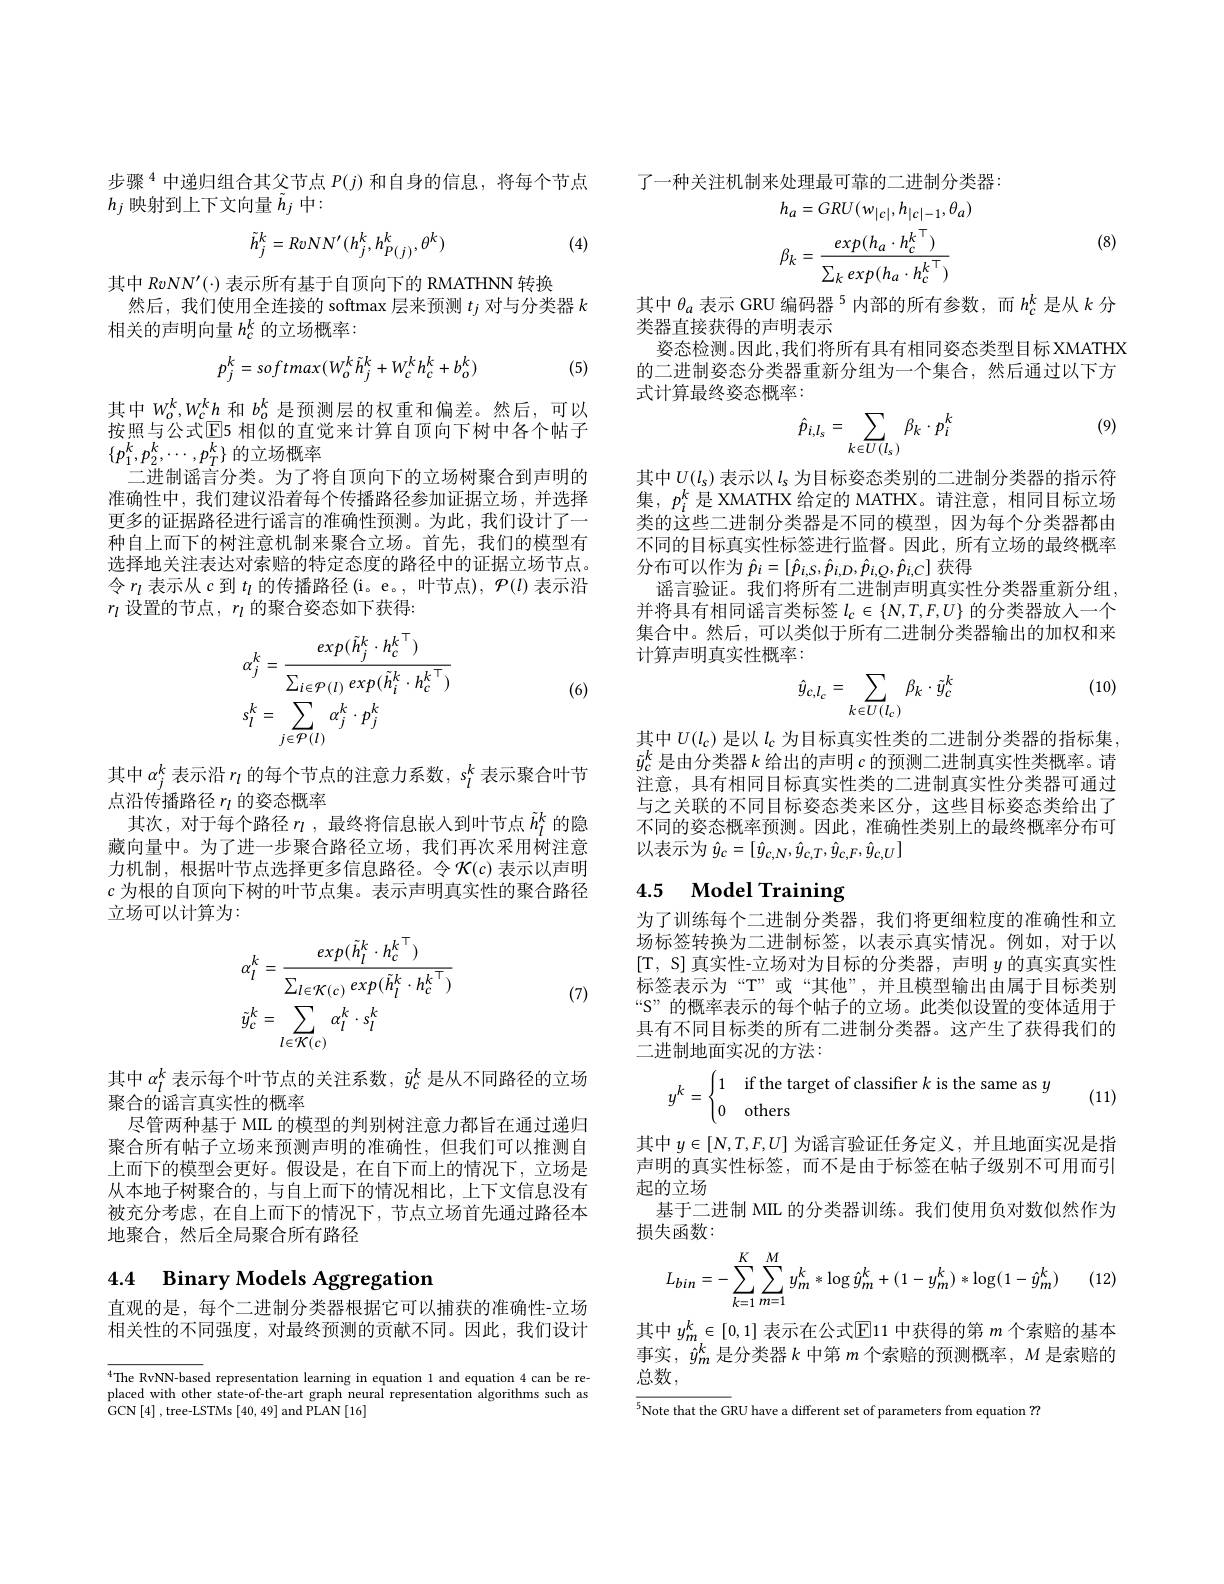
步骤$^{4}$中递归组合其父节点 $P(j)$ 和自身的信息，将每个节点
$h_j$映射到上下文向量$\tilde{h}_j$中：

(4)
$$\tilde{h}_{j}^{k}=RvNN^{\prime}(h_{j}^{k},h_{P(j)}^{k},\theta^{k})$$
其中 R$vNN^{\prime}(\cdot)$表示所有基于自顶向下的 RMATHNN 转换
然后，我们使用全连接的 softmax 层来预测$t_j$对与分类器$k$
相关的声明向量$h_c^k$的立场概率：
$$p_{j}^{k}=softmax(W_{o}^{k}\tilde{h}_{j}^{k}+W_{c}^{k}h_{c}^{k}+b_{o}^{k})$$
(5)

其中$W_o^k,W_c^kh$和$b_o^k$是预测层的权重和偏差。然后，可以按照与公式$\overline{\mathrm{E}}$5 相似的直觉来计算自顶向下树中各个帖子$\{p_1^k,p_2^k,\cdots,p_T^k\}$的立场概率
二进制谣言分类。为了将自顶向下的立场树聚合到声明的准确性中，我们建议沿着每个传播路径参加证据立场，并选择更多的证据路径进行谣言的准确性预测。为此，我们设计了一种自上而下的树注意机制来聚合立场。首先，我们的模型有选择地关注表达对索赔的特定态度的路径中的证据立场节点。令$r_l$表示从$c$到$t_l$的传播路径(i。e。, 叶节点), $\mathcal{P}(l)$表示沿$r_l$设置的节点，$r_l$的聚合姿态如下获得：
$$\begin{aligned}&\alpha_{j}^{k}=\frac{exp(\tilde{h}_{j}^{k}\cdot h_{c}^{k}^{\top})}{\sum_{i\in\mathcal{P}(l)}exp(\tilde{h}_{i}^{k}\cdot h_{c}^{k}^{\top})}\\&s_{l}^{k}=\sum_{j\in\mathcal{P}(l)}\alpha_{j}^{k}\cdot p_{j}^{k}\end{aligned}$$
(6)

其中$\alpha_j^k$表示沿$r_l$的每个节点的注意力系数，$s_l^k$表示聚合叶节
点沿传播路径$r_l$的姿态概率
其次，对于每个路径$r_l$,最终将信息嵌入到叶节点$\tilde{h}_l^k$的隐藏向量中。为了进一步聚合路径立场，我们再次采用树注意力机制，根据叶节点选择更多信息路径。令$\mathcal{K}(c)$ 表示以声明$c$为根的自顶向下树的叶节点集。表示声明真实性的聚合路径立场可以计算为：
$$\begin{aligned}&\alpha_{l}^{k}=\frac{exp(\tilde{h}_{l}^{k}\cdot{h_{c}^{k}}^{\top})}{\sum_{l\in\mathcal{K}(c)}exp(\tilde{h}_{l}^{k}\cdot{h_{c}^{k}}^{\top})}\\&\tilde{y}_{c}^{k}=\sum_{l\in\mathcal{K}(c)}\alpha_{l}^{k}\cdot s_{l}^{k}\end{aligned}$$
(7)

其中$\alpha_l^k$表示每个叶节点的关注系数，$\tilde{y}_c^k$是从不同路径的立场
聚合的谣言真实性的概率
尽管两种基于 MIL 的模型的判别树注意力都旨在通过递归聚合所有帖子立场来预测声明的准确性，但我们可以推测自上而下的模型会更好。假设是，在自下而上的情况下，立场是从本地子树聚合的，与自上而下的情况相比，上下文信息没有被充分考虑，在自上而下的情况下，节点立场首先通过路径本地聚合，然后全局聚合所有路径

## 4.4 Binary Models Aggregation

直观的是，每个二进制分类器根据它可以捕获的准确性-立场相关性的不同强度，对最终预测的贡献不同。因此，我们设计

The RvNN-based representation learning in equation 1 and equation 4 can be replaced with other state-of-the-art graph neural representation algorithms such as GCN$\left[4\right]$,tree-LSTMs$\left[40,49\right]$and PLAN$\left[16\right]$

了一种关注机制来处理最可靠的二进制分类器：

(8)
$$\begin{aligned}&h_{a}=GRU(w_{|c|},h_{|c|-1},\theta_{a})\\&\beta_{k}=\frac{exp(h_{a}\cdot h_{c}^{k}^{\top})}{\sum_{k}exp(h_{a}\cdot h_{c}^{k}^{\top})}\end{aligned}$$
其中$\theta_a$表示 GRU 编码器$^{5}$内部的所有参数，而$h_c^k$是从$k$分
类器直接获得的声明表示
姿态检测。因此，我们将所有具有相同姿态类型目标 XMATHX 的二进制姿态分类器重新分组为一个集合，然后通过以下方式计算最终姿态概率：

(9)
$$\hat{p}_{i,l_s}=\sum_{k\in U(l_s)}\beta_k\cdot p_i^k$$
其中$U(l_\mathrm{s})$表示以$l_\mathrm{s}$为目标姿态类别的二进制分类器的指示符集，$p_i^k$是 XMATHX 给定的 MATHX。请注意，相同目标立场类的这些二进制分类器是不同的模型，因为每个分类器都由不同的目标真实性标签进行监督。因此，所有立场的最终概率分布可以作为$\hat{p}_i=[\hat{p}_{i,S},\hat{p}_{i,D},\hat{p}_{i,Q},\hat{p}_{i,C}]$获得
谣言验证。我们将所有二进制声明真实性分类器重新分组， 并将具有相同谣言类标签$l_c\in\{N,T,F,U\}$ 的分类器放人一个集合中。然后，可以类似于所有二进制分类器输出的加权和来计算声明真实性概率：

(10)
$$\hat{y}_{c,l_{c}}=\sum_{k\in U(l_{c})}\beta_{k}\cdot\tilde{y}_{c}^{k}$$
其中$U(l_{\mathrm{c}})$是以$l_c$为目标真实性类的二进制分类器的指标集， $\tilde{y}_{c}^{k}$是由分类器$k$给出的声明$c$的预测二进制真实性类概率。请注意，具有相同目标真实性类的二进制真实性分类器可通过与之关联的不同目标姿态类来区分，这些目标姿态类给出了不同的姿态概率预测。因此，准确性类别上的最终概率分布可以表示为$\hat{y}_c=[\hat{y}_{c,N},\hat{y}_{c,T},\hat{y}_{c,F},\hat{y}_{c,U}]$

## 4.5 Model Training

为了训练每个二进制分类器，我们将更细粒度的准确性和立场标签转换为二进制标签，以表示真实情况。例如，对于以[T, S] 真实性-立场对为目标的分类器，声明$y$的真实真实性标签表示为“T”或“其他”,并且模型输出由属于目标类别“S”的概率表示的每个帖子的立场。此类似设置的变体适用于具有不同目标类的所有二进制分类器。这产生了获得我们的二进制地面实况的方法：
$$y^k=\begin{cases}1&\text{if the target of classifier}k\text{is the same as}y\\0&\text{others}\end{cases}$$
(11)

其中$y\in[N,T,F,U]$为谣言验证任务定义，并且地面实况是指声明的真实性标签，而不是由于标签在帖子级别不可用而引起的立场
基于二进制 MIL 的分类器训练。我们使用负对数似然作为
损失函数：
$$L_{bin}=-\sum_{k=1}^{K}\sum_{m=1}^{M}y_{m}^{k}*\log\hat{y}_{m}^{k}+(1-y_{m}^{k})*\log(1-\hat{y}_{m}^{k})$$
其中$y_m^k\in[0,1]$表示在公式$\mathbb{E}$11 中获得的第$m$个索赔的基本事实，$\hat{y}_m^k$是分类器$k$中第$m$个索赔的预测概率，$M$是索赔的总数，

$\overline{^{5}\text{Note that the G}}$RU have a different set of parameters from equation ??